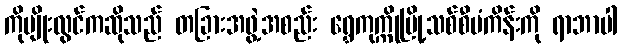
ကိုမျိုးလွင်ကဆိုသည် တခြားအဖွဲ့အစည်း ရွှေကုက္ကိုမြို့သစ်စီမံကိန်းကို ရာဘာပါ